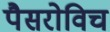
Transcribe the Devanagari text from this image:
पैसरोविच